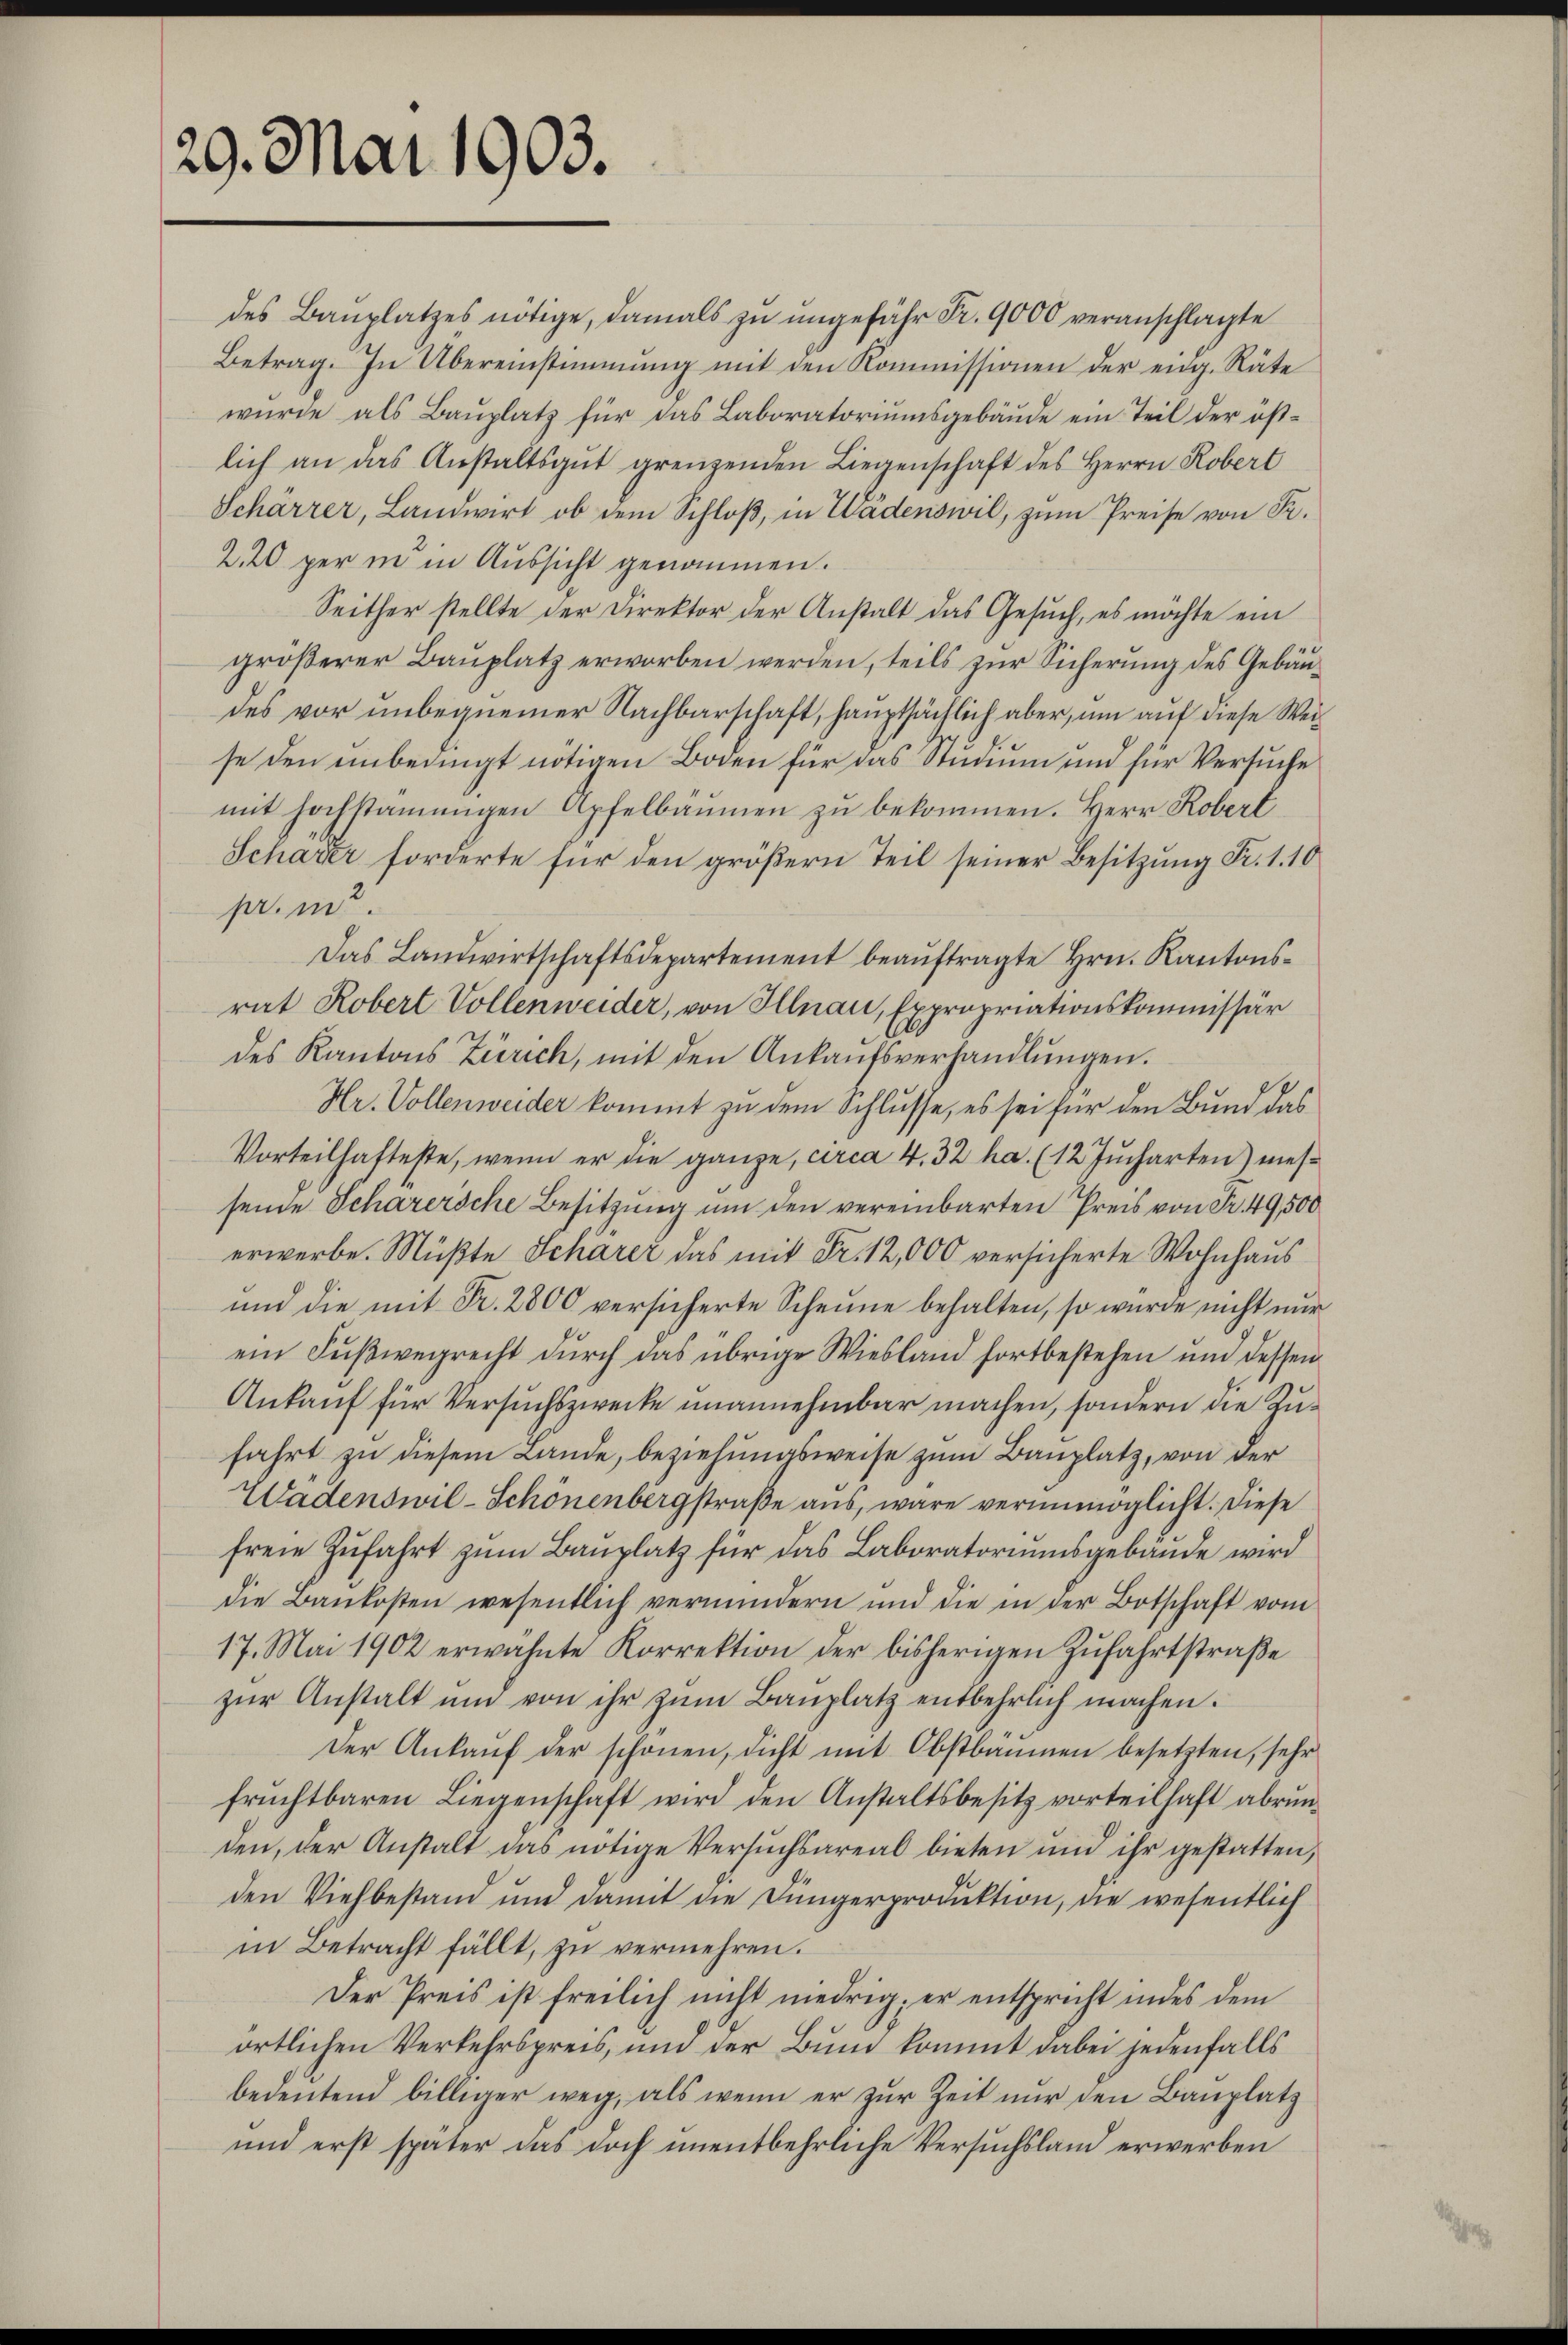
29. Mai 1903.

des Bauplatzes nötige, damals zu ungefähr Fr. 9000 veranschlagte
Betrag. In Übereinstimmung mit den Kommissionen der eidg. Räte
wurde als Bauplatz für das Laboratoriumsgebäude ein Teil der öst-
lich an das Anstaltsgŭt grenzenden Liegenschaft des Herrn Robert
Schärrer, Landwirt, ob dem Schloß, in Wädenswil, zum Preise von Sr.
2.20 per in in Aussicht genommen.
Seither stellte der Direktor der Anstalt das Gesuch, es möchte ein
größerer Bauplatz erworben werden, teils zur Sicherung des Gebäudes vor unbequemer Nachbarschaft, hauptsächlich aber, um auf diese Weise den unbedingt nötigen Boden für das Studium und für Versuche
mit hochstämmigen Apfelbaumen zu bekommen. Herr Roberl
Schärer forderte für den größern Teil seiner Besitzung Fr. 1. 10
pr. m
Das Landwirtschaftsdepartement beauftragte Hrn. Kantonsrat Robert Vollenweider, von Illnau, Expropriationskommissär
des Kantons Zürich, mit den Ankaŭfsverhandlŭngen.
Hr. Vollenweider kommt zu dem Schlusse, es sei für den Bund das
Vorteilhafteste, wenn er die ganze, circa 4. 32 ha. (12. Jucharten) messende Scharersche Besitzung um den vereinbarten Preis von Fr. 49,500
erwerbe. Müßte Schärer das mit Fr. 12,000 versicherte Wohnhaus
und die mit Fr. 2800 versicherte Scheune behalten, so wurde nicht nur
ein Fußwegrecht durch das übrige Wiesland fortbestehen und dessen
Ankauf für Versuchszwecke unannehmbar machen, sondern die Zufahrt zu diesem Lande, beziehungsweise zum Bauplatz, von der
Wadenswil-Schönenbergstraße aus, wäre verunmöglicht. Diese
freie Zufahrt zum Bauplatz für das Laboratoriumsgebäude wird
die Baukosten wesentlich vermindern und die in der Botschaft vom
17. Mai 1902 erwähnte Korrektion der bisherigen Zŭfahrtstraβe
zŭr Anstalt um von ihr zŭm Bauplatz entbehrlich machen.
Der Ankauf der schönen, dicht mit Obstbäumen besetzten, sehr
früchtbaren Liegenschaft wird den Anstaltsbesitz vorteilhaft abrŭn-
den, der Anstalt das nötige Versuchsareal bieten und ihr gestatten,
den Viehbestand und damit die Jüngerproduktion, die wesentlich
in Betracht fällt, zu vermehren.
Der Preis ist freilich nicht niedrig; er entspricht indes dem
örtlichen Verkehrspreis, und der Bund kommt dabei jedenfalls
bedeŭtend billiger weg, als wenn er zŭr Zeit nŭr den Baŭplatz
und erst später das doch unentbehrliche Versuchsland erwerben